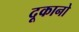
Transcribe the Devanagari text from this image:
दूकानो